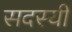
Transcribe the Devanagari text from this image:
सदस्यी